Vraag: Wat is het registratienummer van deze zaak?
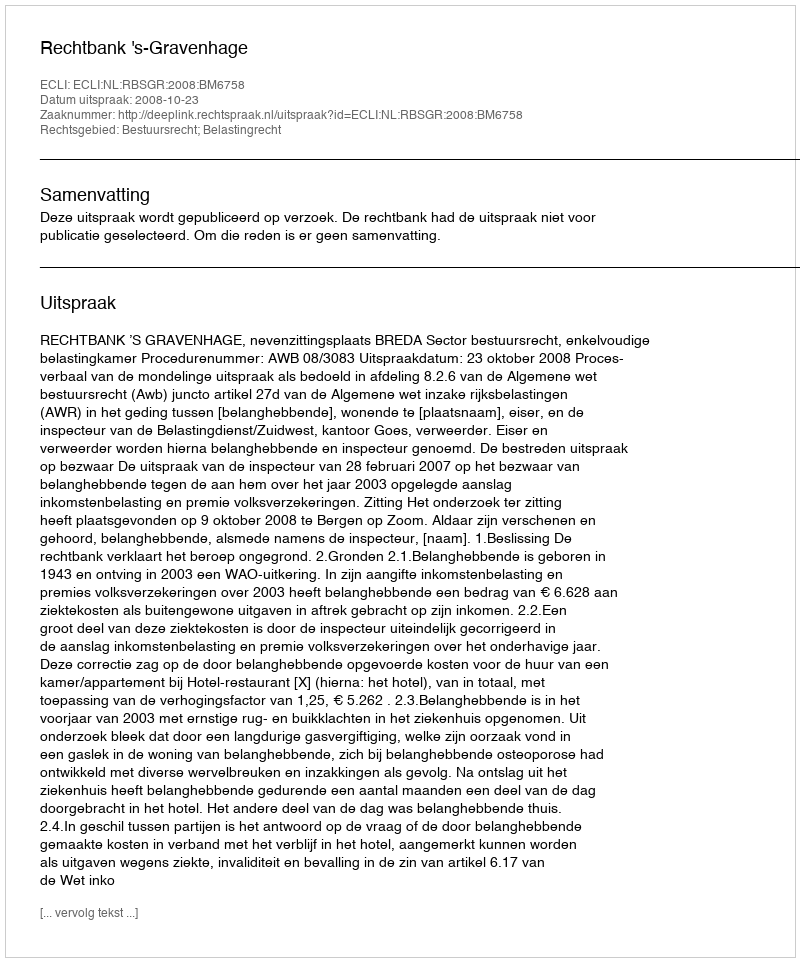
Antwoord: http://deeplink.rechtspraak.nl/uitspraak?id=ECLI:NL:RBSGR:2008:BM6758